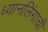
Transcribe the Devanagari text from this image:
ध्यानलिंगाची